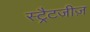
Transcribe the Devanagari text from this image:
स्ट्रैटजीज़